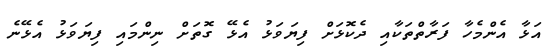
އަޅާ އެންމެހާ ފަރާތްތަކާއި ދެކޮޅަށް ފިޔަވަޅު އެޅޭ ގޮތަށް ނިންމައި ފިޔަވަޅު އެޅޭނެ